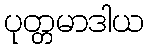
ပုတ္တမာဒါယ